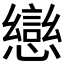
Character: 𭟄